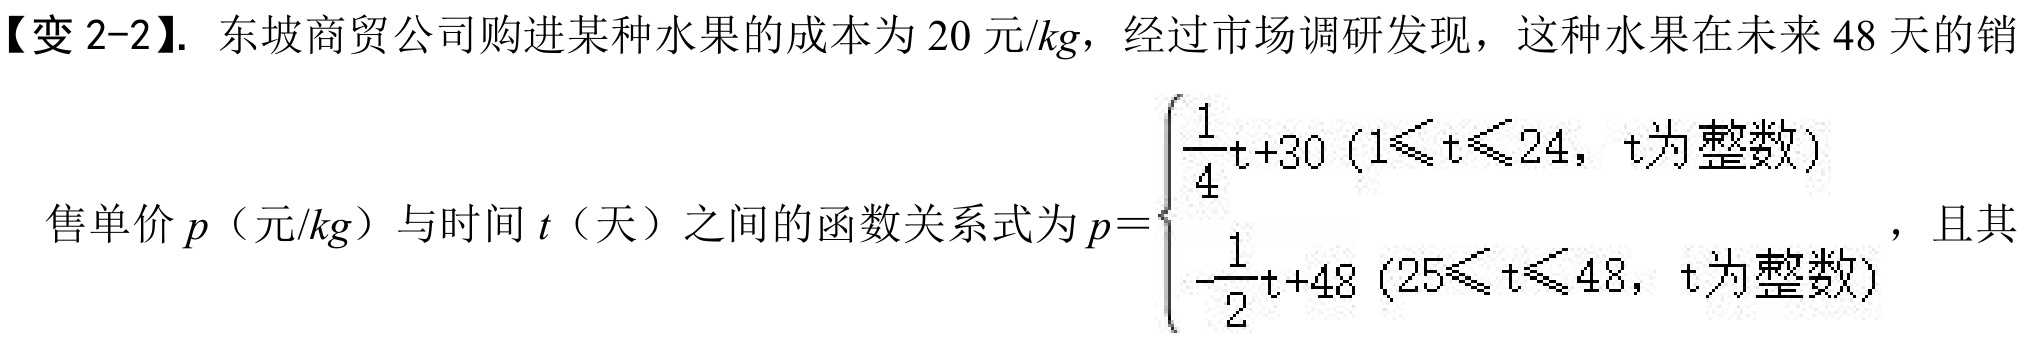
【变 2-2】. 东坡商贸公司购进某种水果的成本为 20 元/kg，经过市场调研发现，这种水果在未来 48 天的销
售单价\(p\)（元/kg）与时间\(t\)（天）之间的函数关系式为\(p = \begin{cases}
\frac{1}{4}t + 30\ (1\leqslant t\leqslant 24，t为整数) \\
-\frac{1}{2}t + 48\ (25\leqslant t\leqslant 48，t为整数)
\end{cases}\)，且其